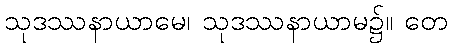
သုဒဿနာယာမေ၊ သုဒဿနာယာမ၌။ တေ